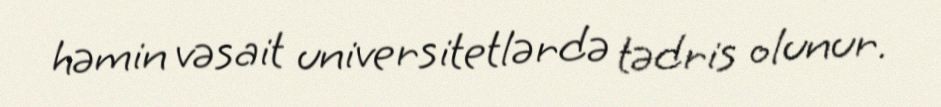
həmin vəsait universitetlərdə tədris olunur.